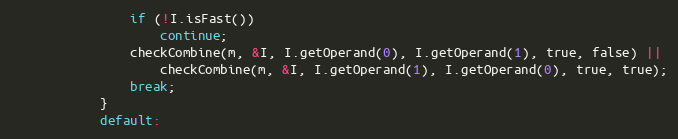
Language: C++
                if (!I.isFast())
                    continue;
                checkCombine(m, &I, I.getOperand(0), I.getOperand(1), true, false) ||
                    checkCombine(m, &I, I.getOperand(1), I.getOperand(0), true, true);
                break;
            }
            default: